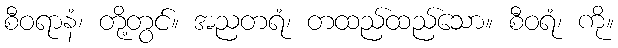
စီဝရာနံ၊ တို့တွင်။ အညတရံ၊ တထည်ထည်သော။ စီဝရံ၊ ကို။